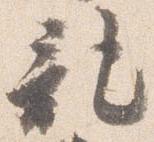
記